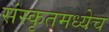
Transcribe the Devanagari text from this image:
संस्कृतमध्येच